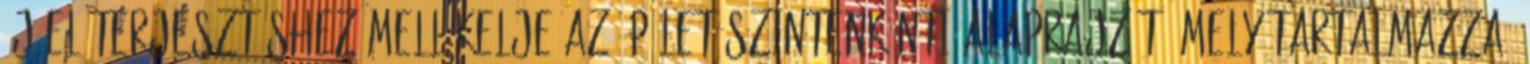
új előterjesztéshez mellékelje az épület szintenkénti alaprajzát, mely tartalmazza,